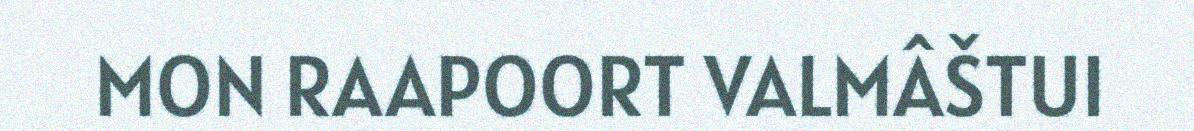
MON RAAPOORT VALMÂŠTUI